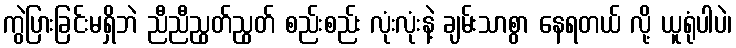
ကွဲပြားခြင်းမရှိဘဲ ညီညီညွတ်ညွတ် စည်းစည်း လုံးလုံးနဲ့ ချမ်းသာစွာ နေရတယ် လို့ ယူရုံပါပဲ၊